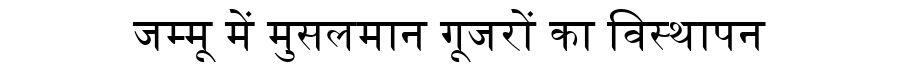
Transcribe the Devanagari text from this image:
जम्मू में मुसलमान गूजरों का विस्थापन